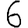
Digit: 6